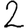
Digit: 2